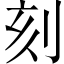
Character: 刻